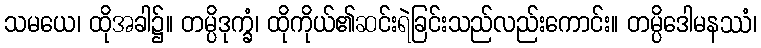
သမယေ၊ ထိုအခါ၌။ တမ္ပိဒုက္ခံ၊ ထိုကိုယ်၏ဆင်းရဲခြင်းသည်လည်းကောင်း။ တမ္ပိဒေါမနဿံ၊